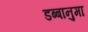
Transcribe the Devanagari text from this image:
डब्बानुमा